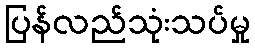
ပြန်လည်သုံးသပ်မှု